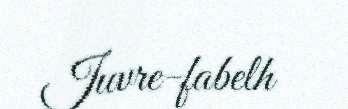
Juvre-fabelh